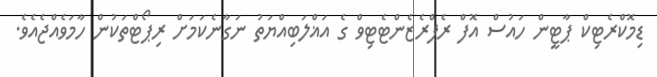
ޑިމޮކްރެޓިކް ޕާޓީން ހައުސް އޮފް ރެޕްރެޒެންޓެޓިވް ގެ އަޣްލަބިއްޔަތު ނަގާނެކަމަށް ރިޕޯޓްތަކުން ހާމަވެއްޖެއެވެ.